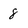
Character: 8